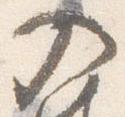
入